system: You are a helpful assistant.
user:
Analyze the provided spectrum to determine if it is a **S-type Star**.

- **Key Indicators for S-type Star:**

    - **(Overall Spectrum Shape):** The first and most obvious characteristic is the overall continuum (the "baseline" shape). It is **extremely "red-sloping,"** meaning the flux (light intensity) is very low on the left side (blue, ~4000-4500 Å) and rises steeply and continuously toward the right side (red, ~7000 Å+).

    - **(Primary):** The spectrum is defined by the presence of strong, broad molecular absorption "valleys" (bands) from **Zirconium Oxide (ZrO)**. The identification of these bands is the **primary requirement** for classifying a star as S-type.
        - **(Key Bandheads):** You must find distinct, deep "dips" where the light has been absorbed. The most critical band systems to locate are:
            - **~6474 Å** ($\gamma$-system): This is often the strongest and clearest ZrO feature, found in the red part of the spectrum.
            - **~5718 Å** & **~5551 Å** ($\beta$-system): A pair of prominent absorption features in the yellow-orange part of the spectrum.
            - **~4640 Å** ($\alpha$-system): A key absorption band system in the blue-green region of the spectrum.

    - **(Secondary Confirmation):** The classification is strengthened by finding additional absorption bands from other related heavy element oxides, which are expected to be present alongside ZrO.
        - **(Key Bandheads):**
            - **Yttrium Oxide (YO):** Look for absorption dips near **~4800 Å** and **~6100 Å**.
            - **Lanthanum Oxide (LaO):** Additional absorption features, particularly in the red-orange part of the spectrum, are also characteristic.

    - **(Line Profile):** The combination of the steep red continuum and these numerous, deep molecular bands (ZrO, YO, etc.) gives the entire spectrum a very **"chopped-up"** or **"bumpy"** appearance. Instead of a smooth curve, the spectrum looks as though large, wide chunks of light have been "carved out" of it at the specific wavelengths listed above.

Think first, call **spectral_visualization_tool** if needed to examine features in detail, then provide your final answer. Your response must adhere to the following strict rules:
1.  **Overall Structure:** Your response must follow the format `<think>...</think> <tool_call>...</tool_call> (if a tool is used) <answer>...</answer>`.
2.  **Tool Usage Constraint:** You may only make **one** tool call per turn.
3.  **Final Answer Format:** In the `<answer>` tag, your conclusion must be inside a `\boxed{}` command (e.g., `\boxed{YES}` or `\boxed{NO}`), followed by your justification.

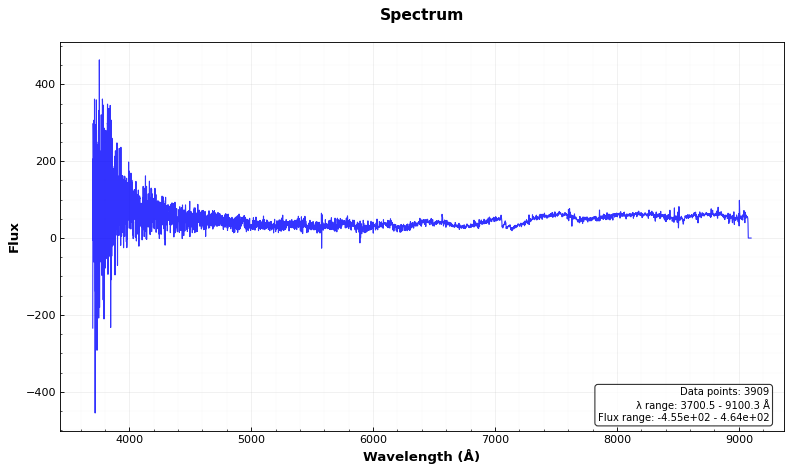
Answer: YES